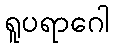
ရူပရာဂေါ